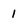
Character: 1